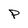
Character: P